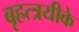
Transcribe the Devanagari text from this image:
बृहत्त्रयीके